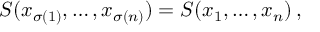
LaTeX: { \cal S } ( x _ { \sigma ( 1 ) } , \dots , x _ { \sigma ( n ) } ) = { \cal S } ( x _ { 1 } , \dots , x _ { n } ) \, ,